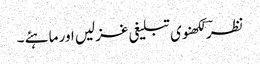
نظرؔ لکھنوی تبلیغی غزلیں اور ماہئے ۔